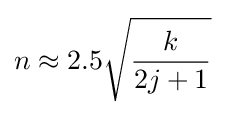
n\approx 2.5{\sqrt {\frac {k}{2j+1}}}